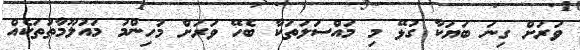
ވަރަށް ގިނަ ބަޔަކާ ގުޅޭ މި މައްސަލަތަކާ ބެހޭ ވަރަށް މުހިންމު މައުލޫމާތުތަކެއް